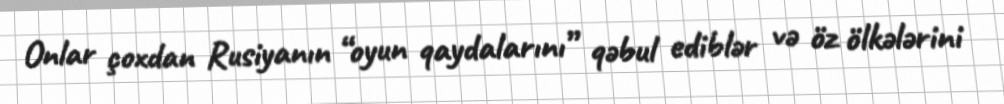
Onlar çoxdan Rusiyanın “oyun qaydalarını” qəbul ediblər və öz ölkələrini